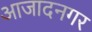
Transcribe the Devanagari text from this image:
आजादनगर